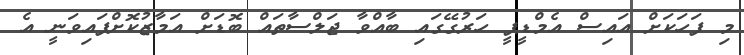
މި ފަހަކަށް އައިސް އެމްޑީޕީ ހަރުގޭގައި ބާއްވާ ޖަލްސާތައް ބޮޑަށް އަމާޒުކޮށްފައިވަނީ އެ